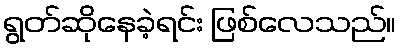
ရွတ်ဆိုနေခဲ့ရင်း ဖြစ်လေသည်။